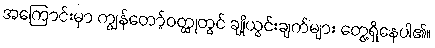
အကြောင်းမှာ ကျွန်တော့်ဝတ္ထုတွင် ချို့ယွင်းချက်များ တွေ့ရှိနေပါ၏။